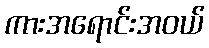
ကားအရောင်းအဝယ်